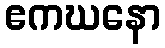
ဧကဃနော